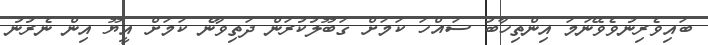
ބައިވެރިނުވެވޭނަމަ އިންތިހާބު ސައްހަ ކަމަށް ގަބޫލުކުރަން ދަތިވާނެ ކަމަށް އީޔޫ އިން ނެރުނު